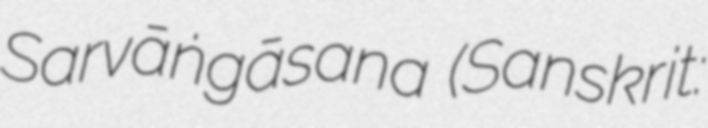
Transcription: Sarvāṅgāsana (Sanskrit: